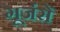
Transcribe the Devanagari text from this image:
गूर्जरों